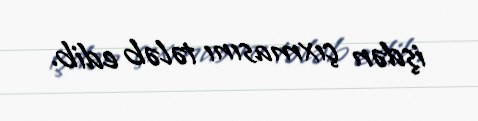
işdən çıxmasını tələb edib.